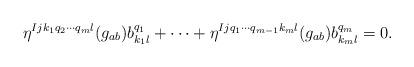
LaTeX: \begin{align*}\eta^{Ijk_1q_2\cdots q_ml}(g_{ab})b_{k_1l}^{q_1}+\cdots +\eta^{Ijq_1\cdots q_{m-1}k_ml}(g_{ab})b_{k_ml}^{q_m}=0.\end{align*}